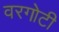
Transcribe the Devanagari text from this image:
वरगोटी